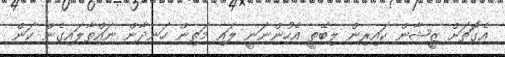
އެގޮަތަށް ޒީޝާން ކައިރިން ލިބޭތީ އެހުންނަނީ ލައި މަތިން ހަނދާން ނައްތާލައިގެން ކަން